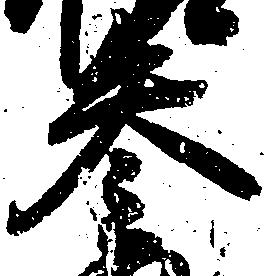
参